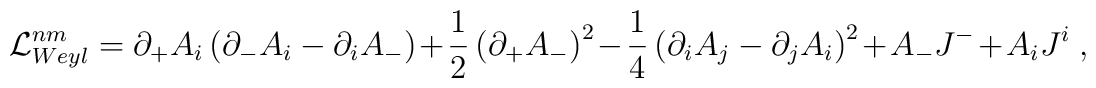
{\cal L}_{Weyl}^{nm} = \partial_{+} {A}_i \left(\partial_{-}{A}_i - \partial_i A_{-}\right) + \frac 1 2 \left(\partial_{+} {A}_{-} \right)^2 - \frac 1 4\left( \partial_i {A}_j - \partial_j {A}_i\right)^2 + {A}_{-} {J}^{-} + {A}_i {J}^i \;,